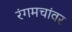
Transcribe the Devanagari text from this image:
रंगमचांवर